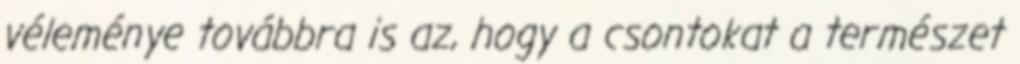
véleménye továbbra is az, hogy a csontokat a természet